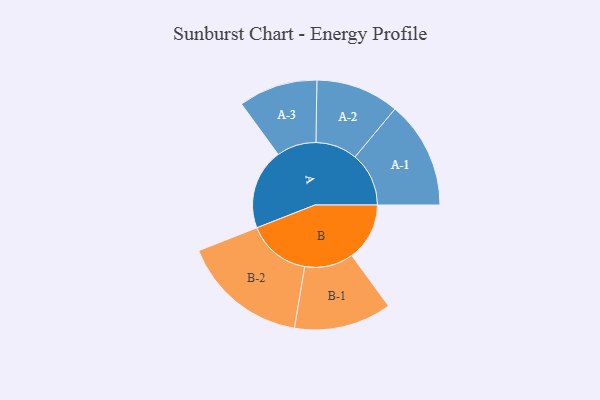
{"axis": {"x": "Segment", "y": "Value"}, "legend": ["", "A", "B"], "data": [{"x": "A", "y": 306, "type": ""}, {"x": "B", "y": 219, "type": ""}, {"x": "A-1", "y": 204, "type": "A"}, {"x": "A-2", "y": 158, "type": "A"}, {"x": "A-3", "y": 150, "type": "A"}, {"x": "B-1", "y": 185, "type": "B"}, {"x": "B-2", "y": 240, "type": "B"}]}